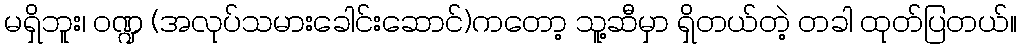
မရှိဘူး၊ ဝဏ္ဍ (အလုပ်သမားခေါင်းဆောင်)ကတော့ သူ့ဆီမှာ ရှိတယ်တဲ့ တခါ ထုတ်ပြတယ်။